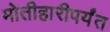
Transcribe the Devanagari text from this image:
मोतीहारीपर्यंत